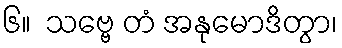
၆။  သဗ္ဗေ တံ အနုမောဒိတွာ၊